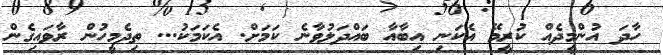
ހާދަ އުންމީދެއް ކުރީމޭ އެކަނި އިބާއާ ބައްދަލުވާނެ ކަމަށް. އެކަމަކު... ތިދެމީހުން ރާވައިގެން